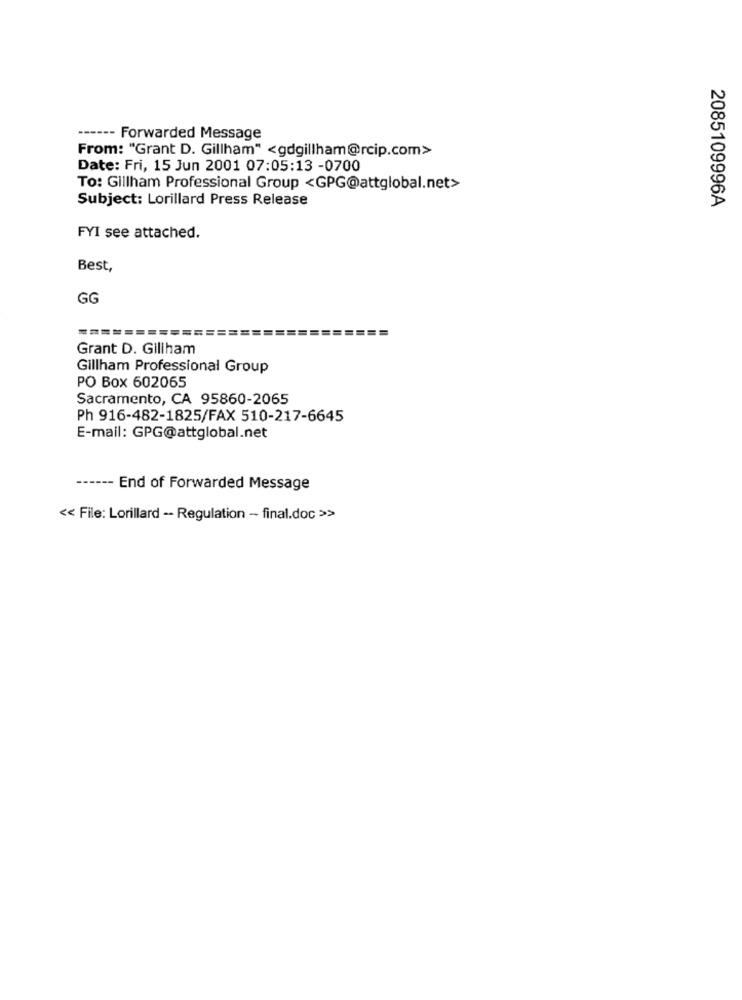
------ Forwarded Message
From: "Grant D. Gillham" <gdgillham@rcip.com>
Date: Fri, 15 Jun 2001 07:05:13 -0700
To: Gillham Professional Group <GPG@attglobal.net>
2085109996A
Subject: Lorillard Press Release
FYI see attached.
Best,
GG
Grant D. Gillham
Gillham Professional Group
PO Box 602065
Sacramento, CA 95860-2065
Ph 916-482-1825/FAX 510-217-6645
E-mail: GPG@attglobal.net
------ End of Forwarded Message
<< File: Lorillard -- Regulation - final.doc >>